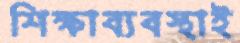
শিক্ষাব্যবস্থাই